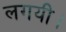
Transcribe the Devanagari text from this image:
लगयी।